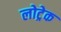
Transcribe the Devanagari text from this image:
लोट्रेक